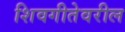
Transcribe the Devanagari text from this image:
शिवगीतेवरील